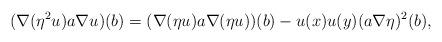
LaTeX: \begin{align*}(\nabla(\eta^2u)a\nabla u)(b)=(\nabla(\eta u)a\nabla(\eta u))(b)-u(x)u(y)(a \nabla\eta)^2(b),\end{align*}